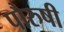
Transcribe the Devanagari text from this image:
पौरुषी